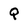
Character: Q